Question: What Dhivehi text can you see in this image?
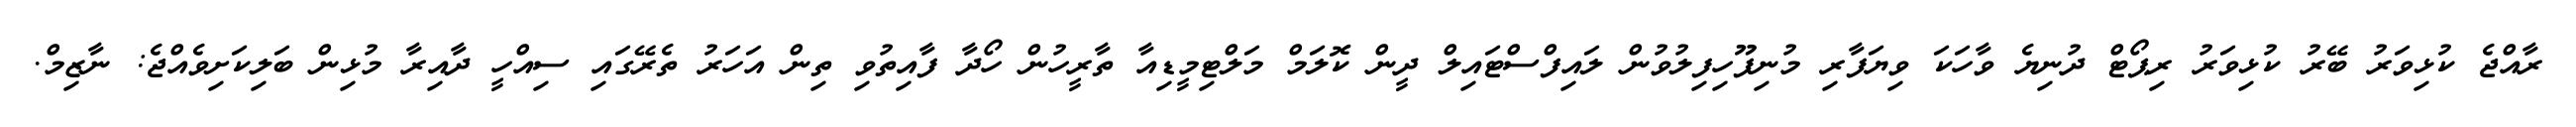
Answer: ރާއްޖެ ކުޅިވަރު ބޭރު ކުޅިވަރު ރިޕޯޓް ދުނިޔެ ވާހަކަ ވިޔަފާރި މުނިފޫހިފިލުވުން ލައިފްސްޓައިލް ދީން ކޮލަމް މަލްޓިމީޑިއާ ތާރީހުން ހޯދާ ފާއިތުވި ތިން އަހަރު ތެރޭގައި ސިއްހީ ދާއިރާ މުޅިން ބަލިކަށިވެއްޖެ: ނާޒިމް.